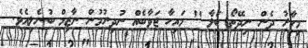
މިހާރު ދެން ނިދޭތޯ ބަލާ '' މައިހާ ޖަވާބެއް ނުދިނުމުން ނާޒިމް ބުނެލިއެވެ.